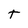
Character: t